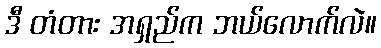
ဒီ တံတား အရှည်က ဘယ်လောက်လဲ။